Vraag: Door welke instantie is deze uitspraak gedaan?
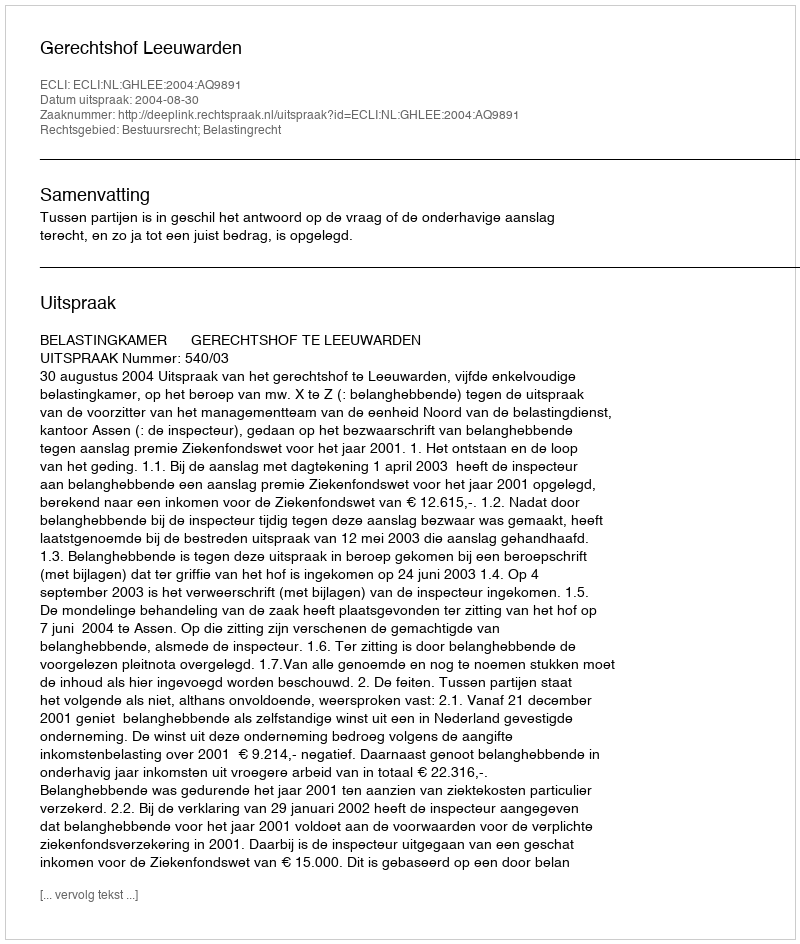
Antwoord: Gerechtshof Leeuwarden